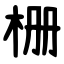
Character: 栅